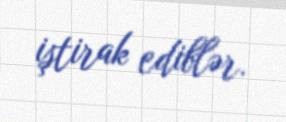
iştirak ediblər.